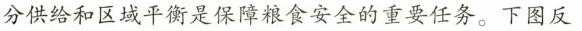
分供给和区域平衡是保障粮食安全的重要任务。下图反